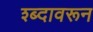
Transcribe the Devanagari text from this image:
श्ब्दावरून